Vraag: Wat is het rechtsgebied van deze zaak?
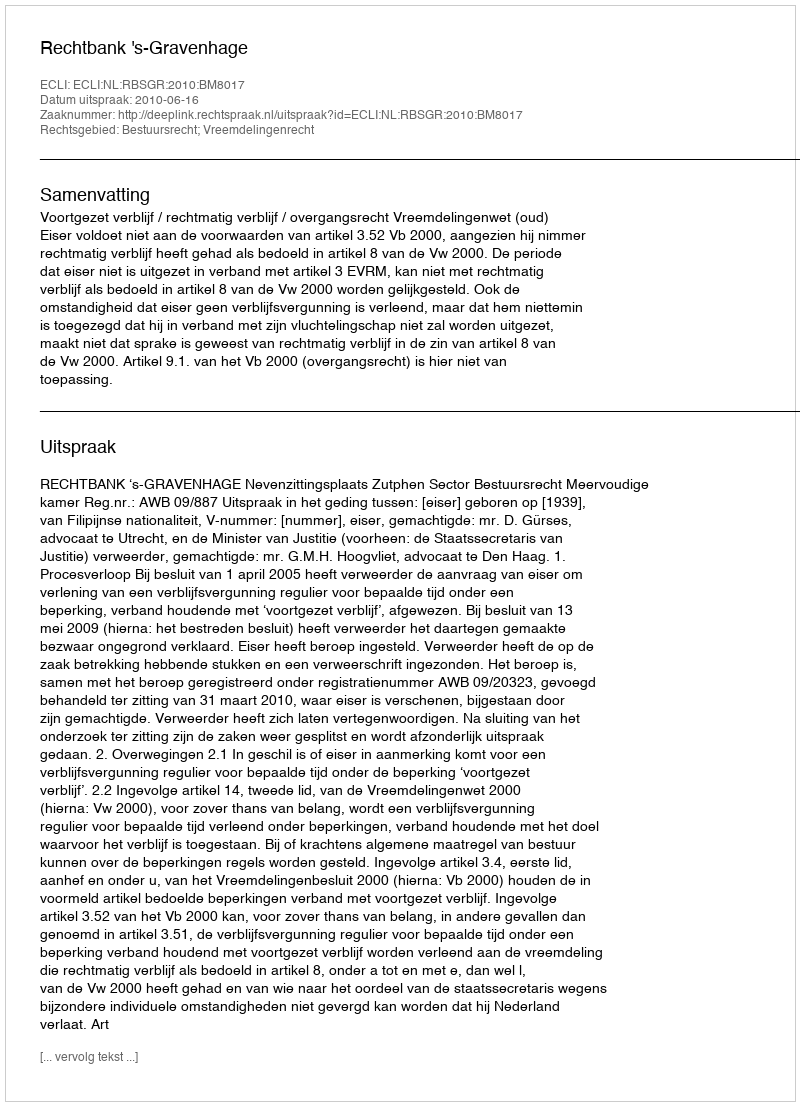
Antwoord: Bestuursrecht; Vreemdelingenrecht